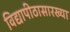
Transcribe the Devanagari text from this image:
विद्यापीठासारख्या